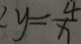
y = \frac { 4 } { x }